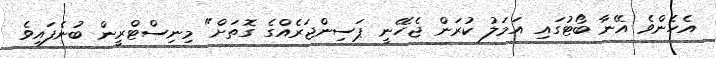
އެހެންވެ އޭނާ ބޯޓުގައި އަމަލު ކުރަން ޖެހޭނީ ޕަސިންޖަރެއްގެ ގޮތަށް" މިނިސްޓްރީން ބުނެފައިވެ